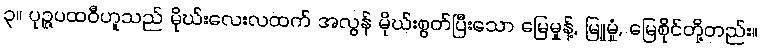
၃။ ပုဉ္ဇပထဝီဟူသည် မိုဃ်းလေးလထက် အလွန် မိုဃ်းစွတ်ပြီးသော မြေမှုန့်, မြူမှုံ, မြေစိုင်တို့တည်း။